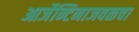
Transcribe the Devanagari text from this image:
आर्जेन्टिनाजवळचा